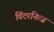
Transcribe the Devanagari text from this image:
विंटरनित्ज